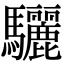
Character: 驪